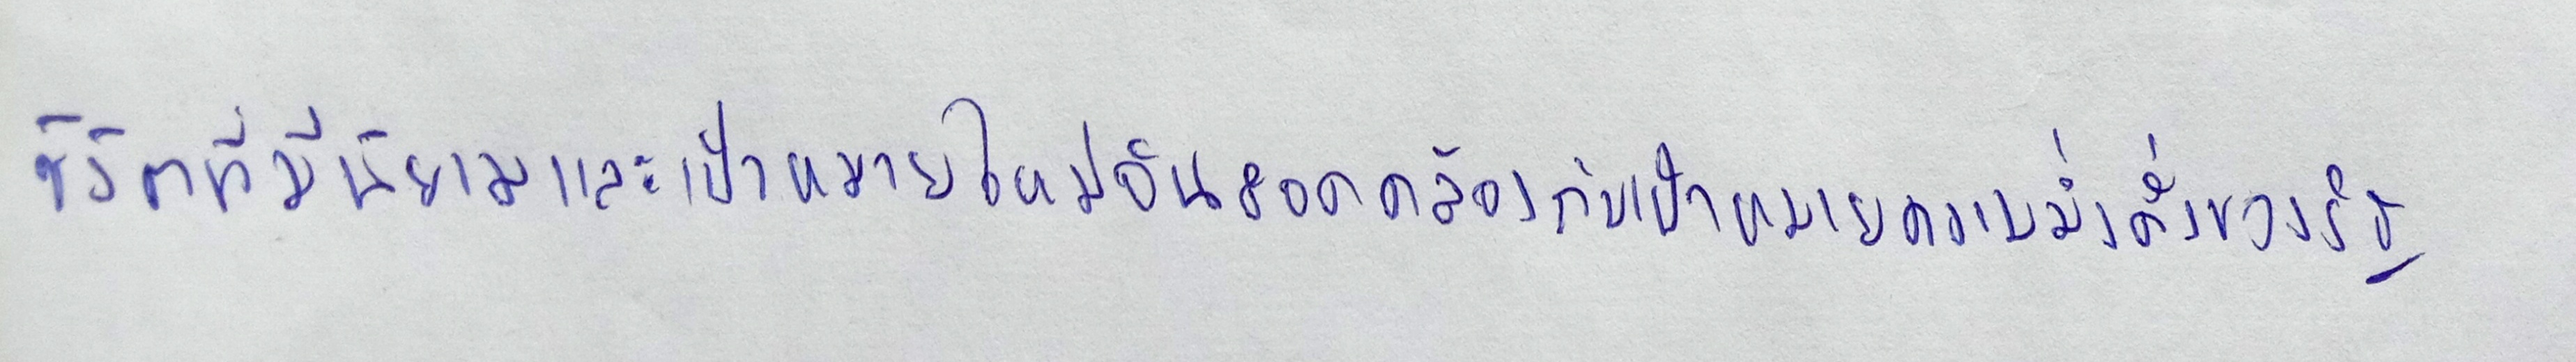
ชีวิตที่มีนิยามและเป้าหมายใหม่อันสอดคล้องกับเป้าหมายความมั่งคั่งของรัฐ